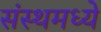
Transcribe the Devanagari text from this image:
संस्थमध्ये